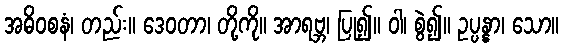
အဓိဝစနံ၊ တည်း။ ဒေဝတာ၊ တို့ကို။ အာရဗ္ဘ၊ ပြု၍။ ဝါ၊ စွဲ၍။ ဥပ္ပန္နာ၊ သော။